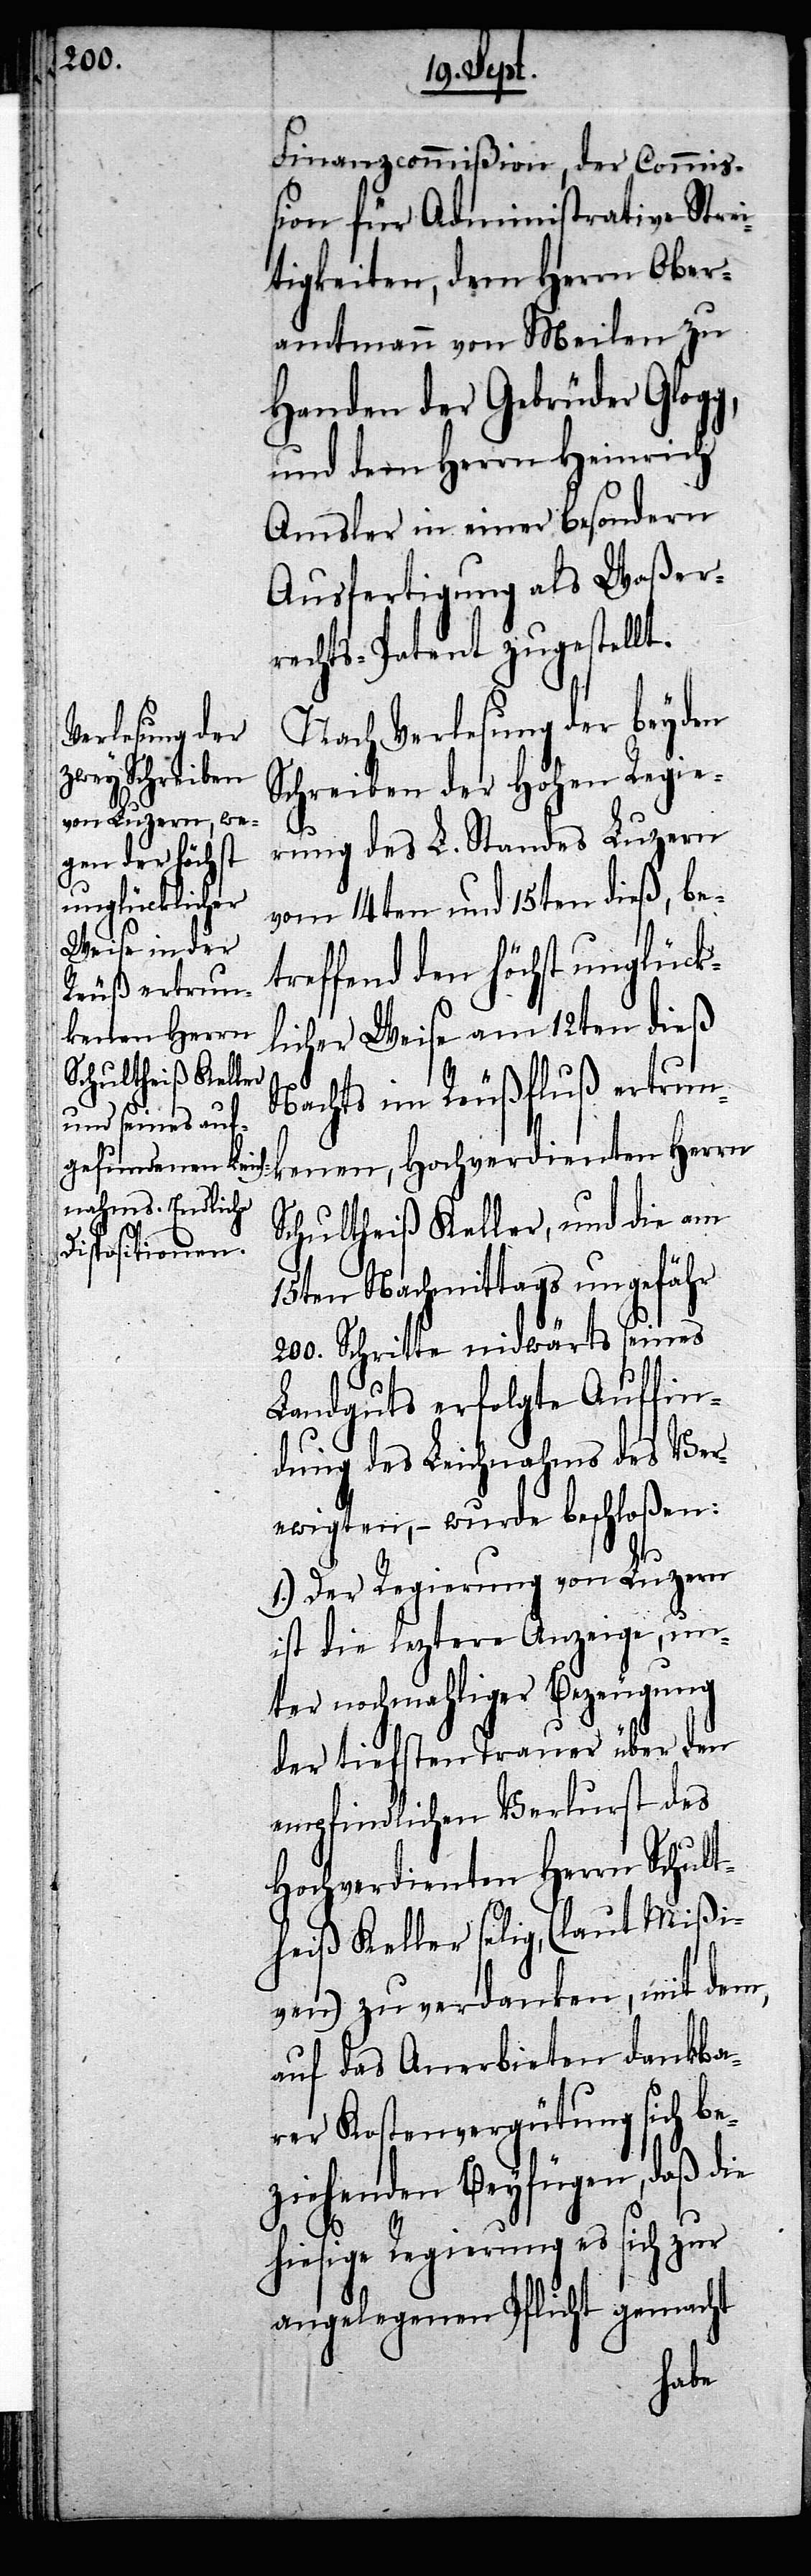
Finanzcommißion, der Commiß¬
ion für Administrative Strei¬
tigkeiten, dem Herrn Ober¬
amtmann von Meilen zu
Handen der Gebrüder Glogg,
und dem Herrn Heinrich
Amsler in einer besondern
Ausfertigung als Waßer¬
rechts-Patent zugestellt.
Nach Verlesung der beyden
Schreiben der Hohen Regie¬
rung des L. Standes Luzern
vom 14ten und 15ten dieß, be¬
treffend den höchst unglück¬
licher Weise am 12ten dieß
dienten Herrn
Nachts im Reußfluß ertrun¬
Schultheiß Keller, und die am
15ten Nachmittags ungefähr
200. Schritte nidwärts seines
Landguts erfolgte Auffin¬
dung des Leichnahms des Ver¬
ewigten, – wurde beschloßen:
1.) Der Regierung von Luzern
ist die leztere Anzeige, un¬
ter nochmahliger Bezeugung
der tiefsten Trauer über den
empfindlichen Verlurst des
Hochverdienten Herrn Schult¬
heiß Keller selig, (laut Mißi¬
ven) zu verdanken, mit dem,
auf das Anerbieten dankba¬
rer Kostenvergütung sich be¬
ziehenden Beyfügen, daß die
hiesige Regierung es sich zur
angelegenen Pflicht gemacht